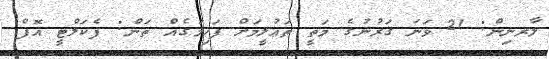
ލާރނިން: 21 ވަނަ ޤަރުނުގެ މަތީ ތަޢުލީމަށް ފަހިމަގެއް ތަން: ފެކަލްޓީ އޮފް